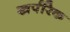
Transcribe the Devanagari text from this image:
खर्परिक